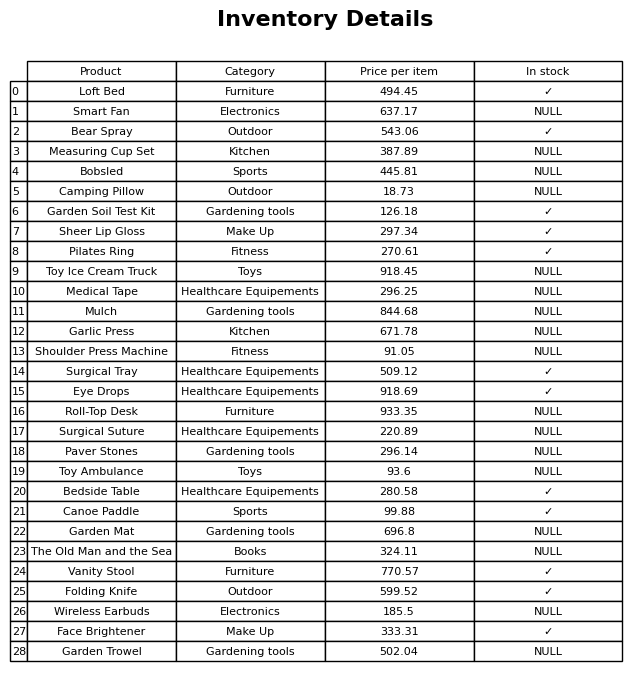
question: What is the price for Eye Drops?
answer: The price of Eye Drops is 918.69.